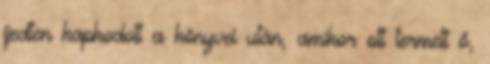
ijedten kapkodott a könyvei után, amikor ott termett ő,